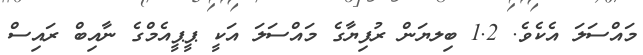
މައްސަލަ އެކެވެ. 1.2 ބިލޔަން ރުފިޔާގެ މައްސަލަ އަކީ ޕީޕީއެމްގެ ނާއިބް ރައިސް